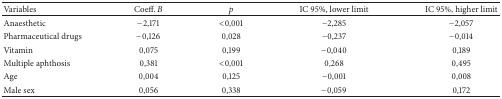
<table><thead><tr><td><b>Variables</b></td><td><b>Coeff. <i>B</i></b></td><td><b><i>p</i></b></td><td><b>IC 95%, lower limit</b></td><td><b>IC 95%, higher limit</b></td></tr></thead><tbody><tr><td>Anaesthetic</td><td>−2,171</td><td>&lt;0,001</td><td>−2,285</td><td>−2,057</td></tr><tr><td>Pharmaceutical drugs</td><td>−0,126</td><td>0,028</td><td>−0,237</td><td>−0,014</td></tr><tr><td>Vitamin</td><td>0,075</td><td>0,199</td><td>−0,040</td><td>0,189</td></tr><tr><td>Multiple aphthosis</td><td>0,381</td><td>&lt;0,001</td><td>0,268</td><td>0,495</td></tr><tr><td>Age</td><td>0,004</td><td>0,125</td><td>−0,001</td><td>0,008</td></tr><tr><td>Male sex</td><td>0,056</td><td>0,338</td><td>−0,059</td><td>0,172</td></tr></tbody></table>